Juri_Uluots, lk 18
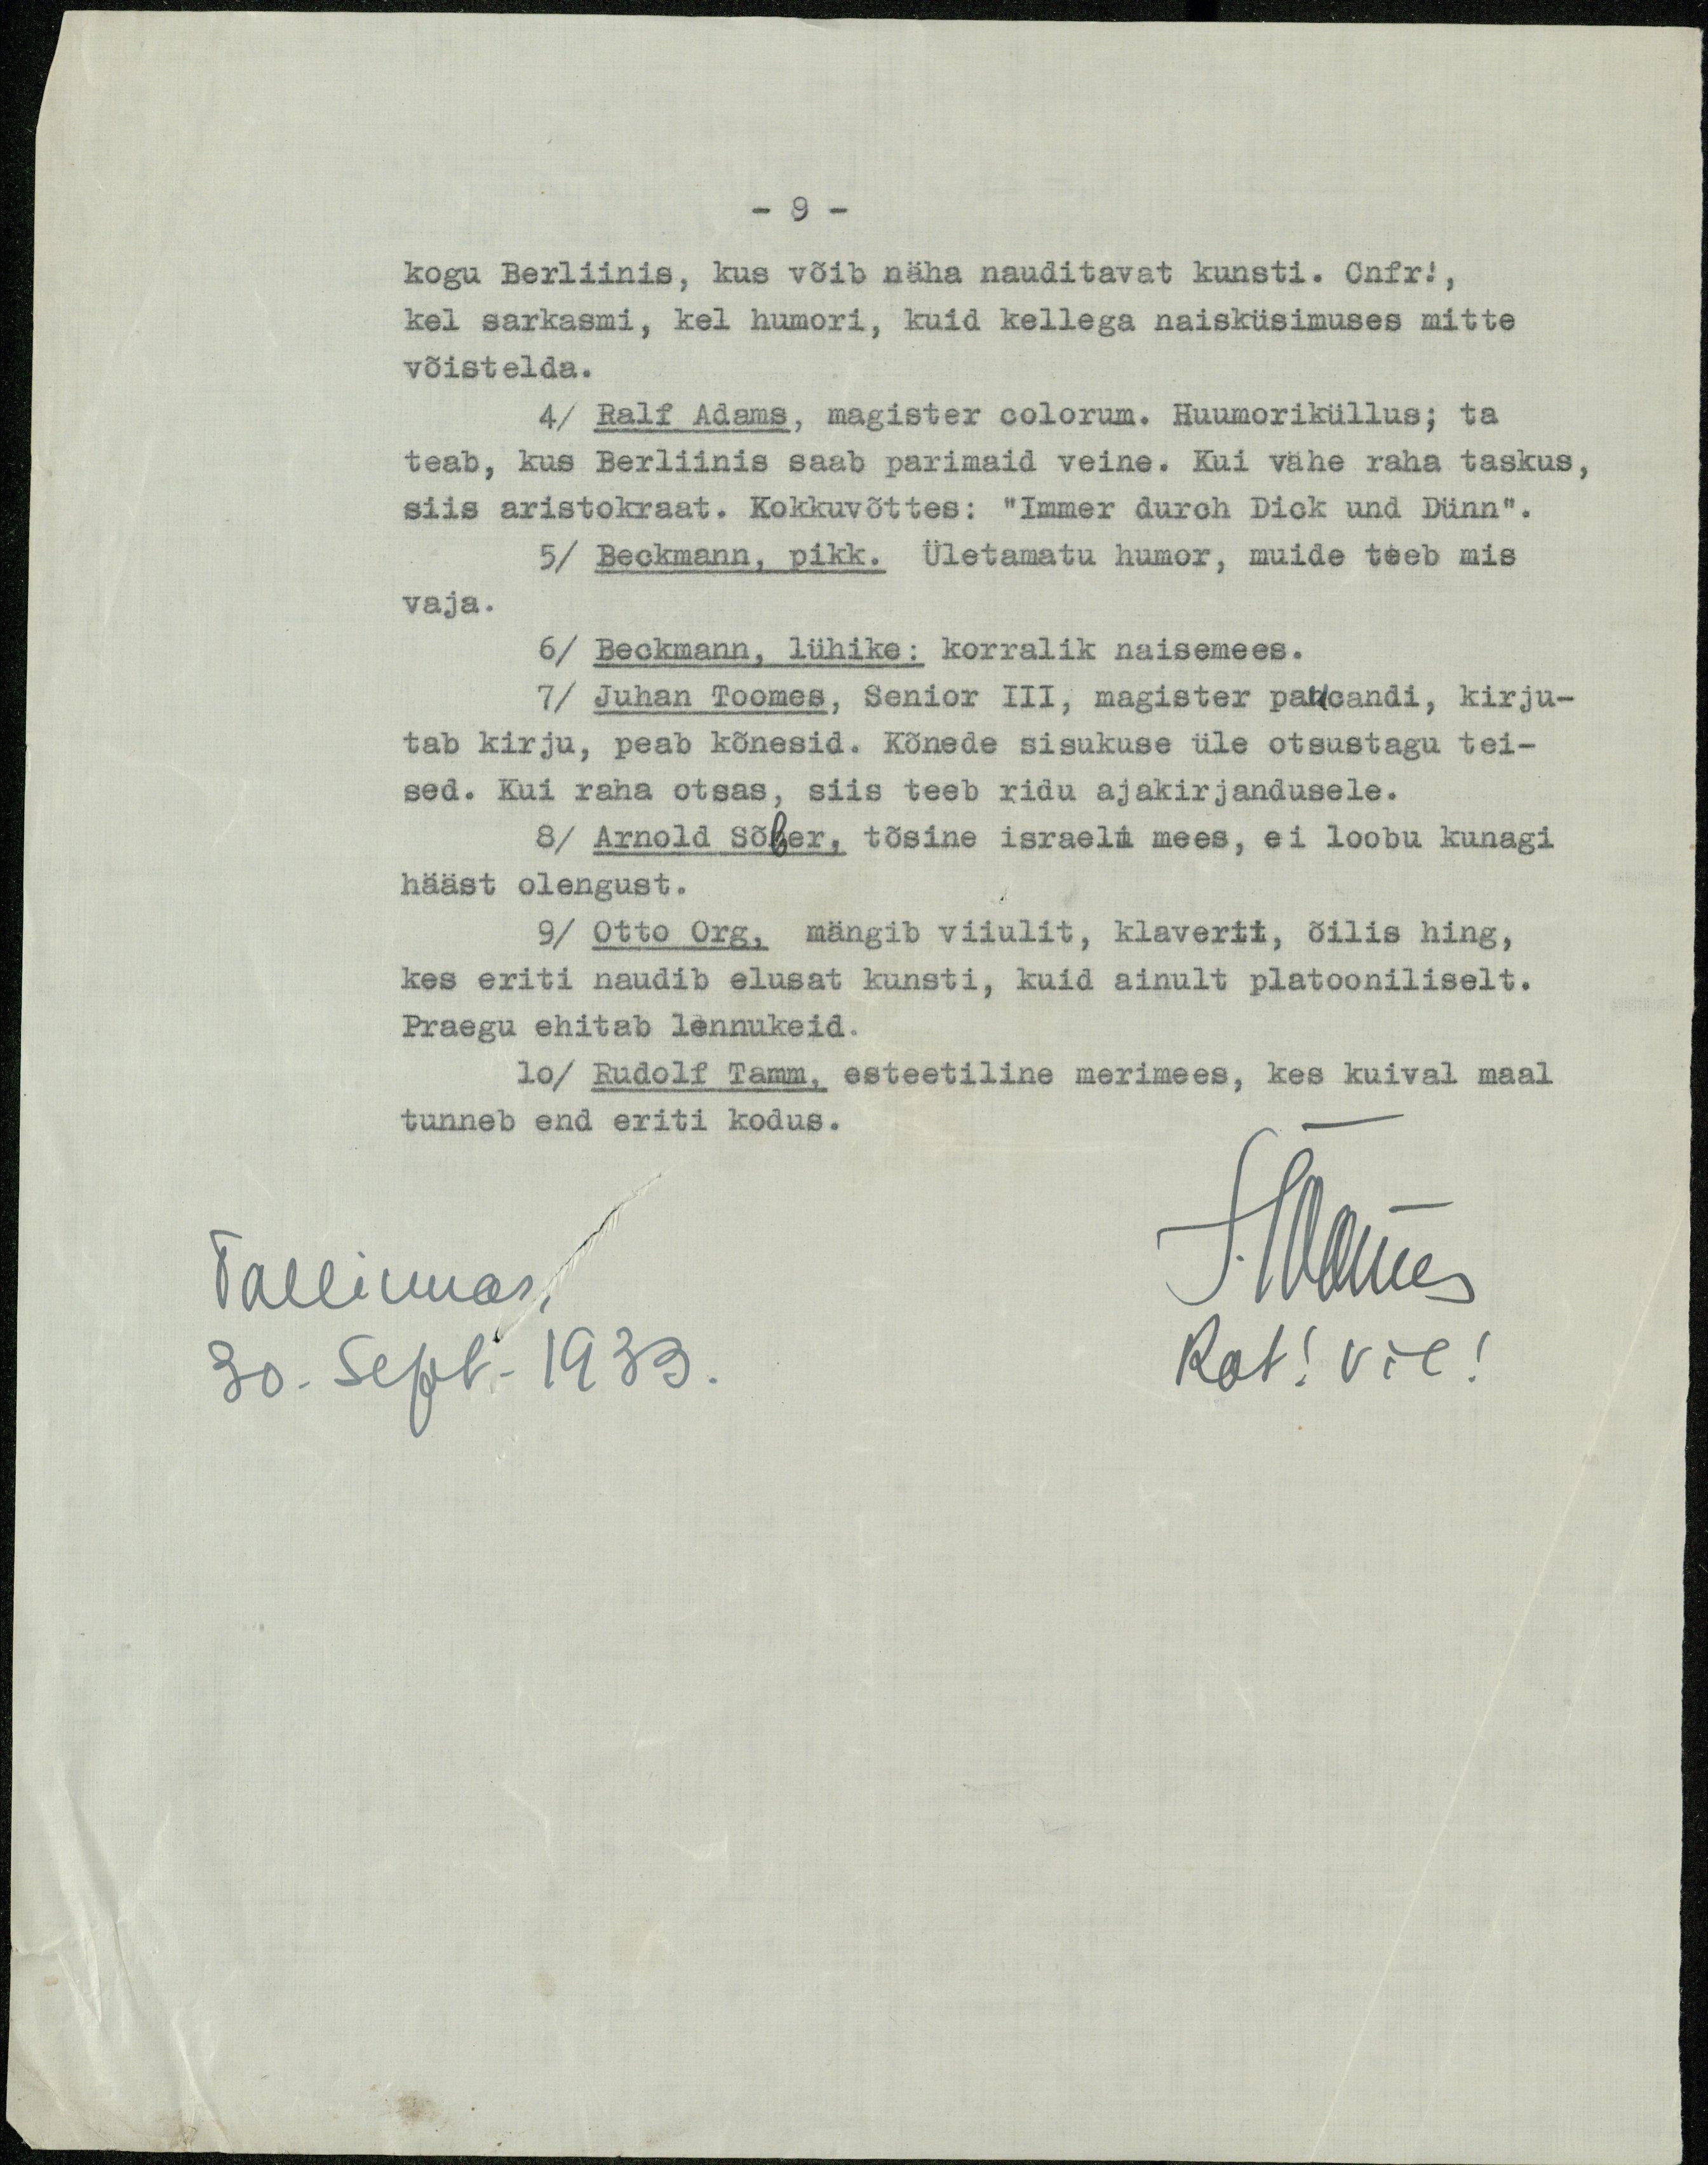
- 9 -
kogu Berliinis, kus võib näha nauditavat kunsti. Cnfr!,
kel sarkasmi, kel humori, kuid kellega naisküsimuses mitte
võistelda.
4/ Ralf Adams, magister colorum. Huumoriküllus; ta
teab, kus Berliinis saab parimaid veine. Kui vähe raha taskus,
siis aristokraat. Kokkuvõttes: "Immer durch Dick und Dünn".
5/ Beckmann, pikk. Ületamatu humor, muide teeb mis
vaja.
6/ Beckmann, lühike: korralik naisemees.
7/ Juhan Toomes, Senior III, magister paucandi, kirju-
tab kirju, peab kõnesid. Kõnede sisukuse üle otsustagu tei-
sed. Kui raha otsas, siis teeb ridu ajakirjandusele.
8/ Arnold Sõber, tõsine israeli mees, ei loobu kunagi
hääst olengust.
9/ Otto Org, mängib viiulit, klaverit, õilis hing,
kes eriti naudib elusat kunsti, kuid ainult platooniliselt.
Praegu ehitab lennukeid.
10/ Rudolf Tamm, esteetiline merimees, kes kuival maal
tunneb end eriti kodus.
Tallinnas
J.Toomes
30. Sept. 1933.
Rot! vil!